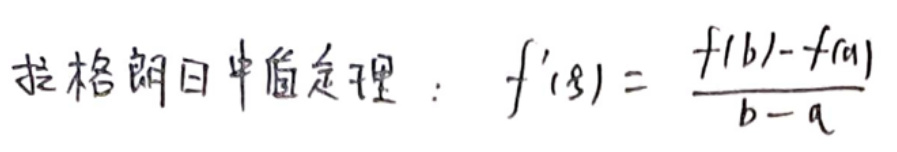
拉格朗日中值定理：\(f^{\prime}(\xi)=\frac{f(b)-f(a)}{b - a}\)